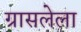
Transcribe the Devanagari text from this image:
ग्रासलेला